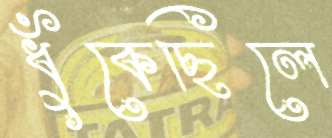
ধুঁকেছিলে